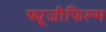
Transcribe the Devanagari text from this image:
फ्यूजीफिल्म